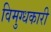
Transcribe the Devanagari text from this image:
विमुग्धकारी